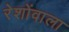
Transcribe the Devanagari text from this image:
रेशोंवाला